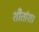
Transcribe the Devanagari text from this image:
शीतांश।